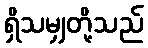
ရှိသမျှတို့သည်